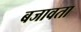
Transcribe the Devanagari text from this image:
बजावता